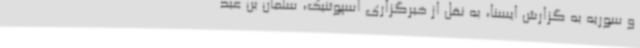
و سوریه به گزارش ایسنا، به نقل از خبرگزاری اسپوتنیک، سلمان بن عبد